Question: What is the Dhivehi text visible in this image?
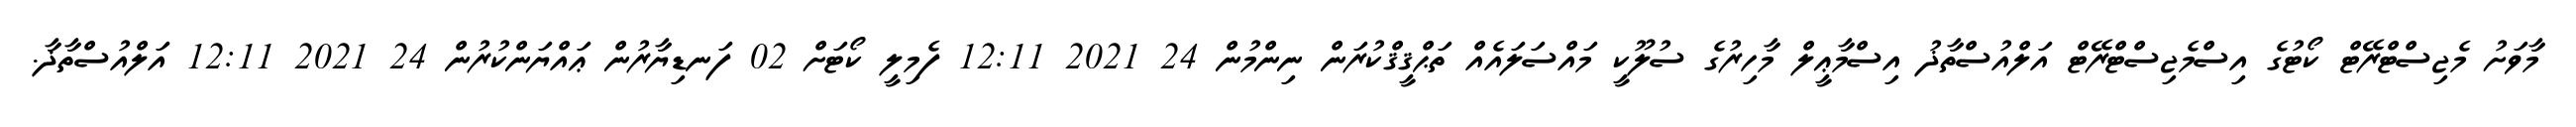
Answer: މާވަށު މެޖިސްޓްރޭޓް ކޯޓުގެ އިސްމެޖިސްޓްރޭޓް އަލްއުސްތާޛު އިސްމާޢީލް މާހިރުގެ ސުލޫކީ މައްސަލައެއް ތަޙްޤީޤްކުރަން ނިންމުން 24 2021 12:11 ފެމިލީ ކޯޓަށް 02 ފަނޑިޔާރުން ޢައްޔަންކުރުން 24 2021 12:11 އަލްއުސްތާޛާ.